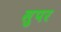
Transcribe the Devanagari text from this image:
सुपर